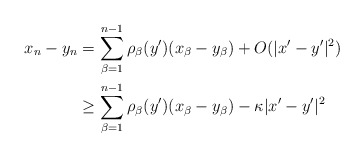
\begin{align*}\begin{aligned}x_n - y_n = \,& \sum_{\beta = 1}^{n-1}\rho_\beta (y') (x_\beta - y_\beta) + O (|x'-y'|^2)\\ \geq \,& \sum_{\beta = 1}^{n-1}\rho_\beta (y') (x_\beta - y_\beta) - \kappa |x'-y'|^2\end{aligned}\end{align*}